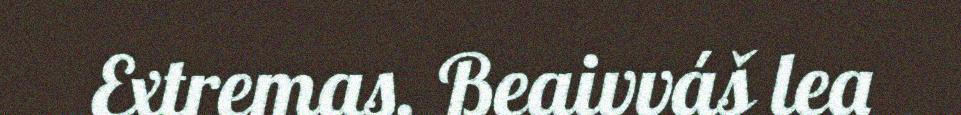
Extremas. Beaivváš lea